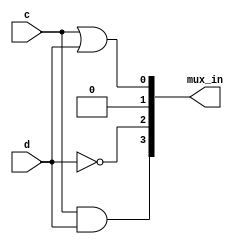
// This program was cloned from: https://github.com/milind7777/VerilogDocGen
// License: MIT License

module ece241_2014_q3 (
  input c,
  input d,
  output [3:0] mux_in

);

  assign mux_in[0] = c | d;
  assign mux_in[1] = 0;
  assign mux_in[2] = ~d;
  assign mux_in[3] = c&d;

endmodule